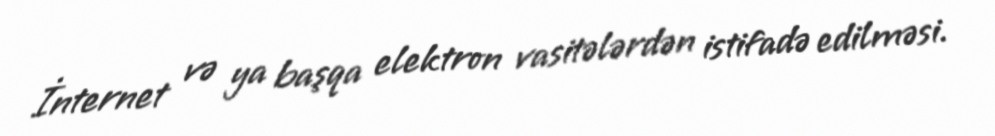
İnternet və ya başqa elektron vasitələrdən istifadə edilməsi.